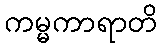
ကမ္မကာရာတိ